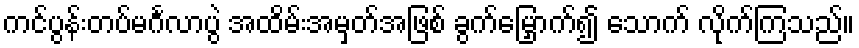
ကင်ပွန်းတပ်မင်္ဂလာပွဲ အထိမ်းအမှတ်အဖြစ် ခွက်မြှောက်၍ သောက် လိုက်ကြသည်။